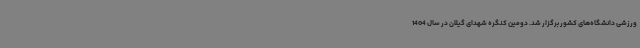
ورزشی دانشگاه‌های کشور برگزار شد. دومین کنگره شهدای گیلان در سال 1404